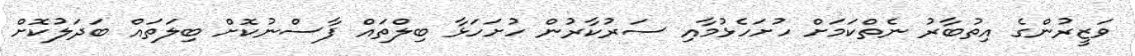
ވަޒީރުންގެ އިތުބާރު ނެތްކަމަށް ހުށަހެޅުމާއި ސަރުކާރުން ހުށަހަޅާ ބިލްތައް ފާސްނުކޮށް ބިލަތައް ބަދަލުކޮށް